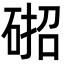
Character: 𮀢